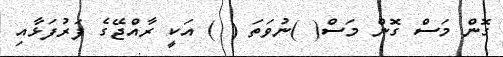
ގޮން މަސް ގޮން މަސް( )ނުވަތަ ( ) އަކީ ރާއްޖޭގެ ފަރުފަޅާއި